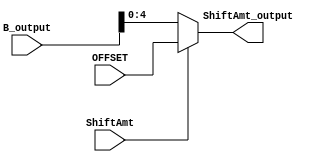
module shift_amount(
    input  wire ShiftAmt,
    input wire [31:0] B_output,
    input wire [10:6] OFFSET, 
    output wire [4:0] ShiftAmt_output
);
    assign ShiftAmt_output = (ShiftAmt == 1'b1) ? OFFSET : B_output;

endmodule